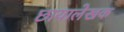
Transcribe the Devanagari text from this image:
छायालेखक